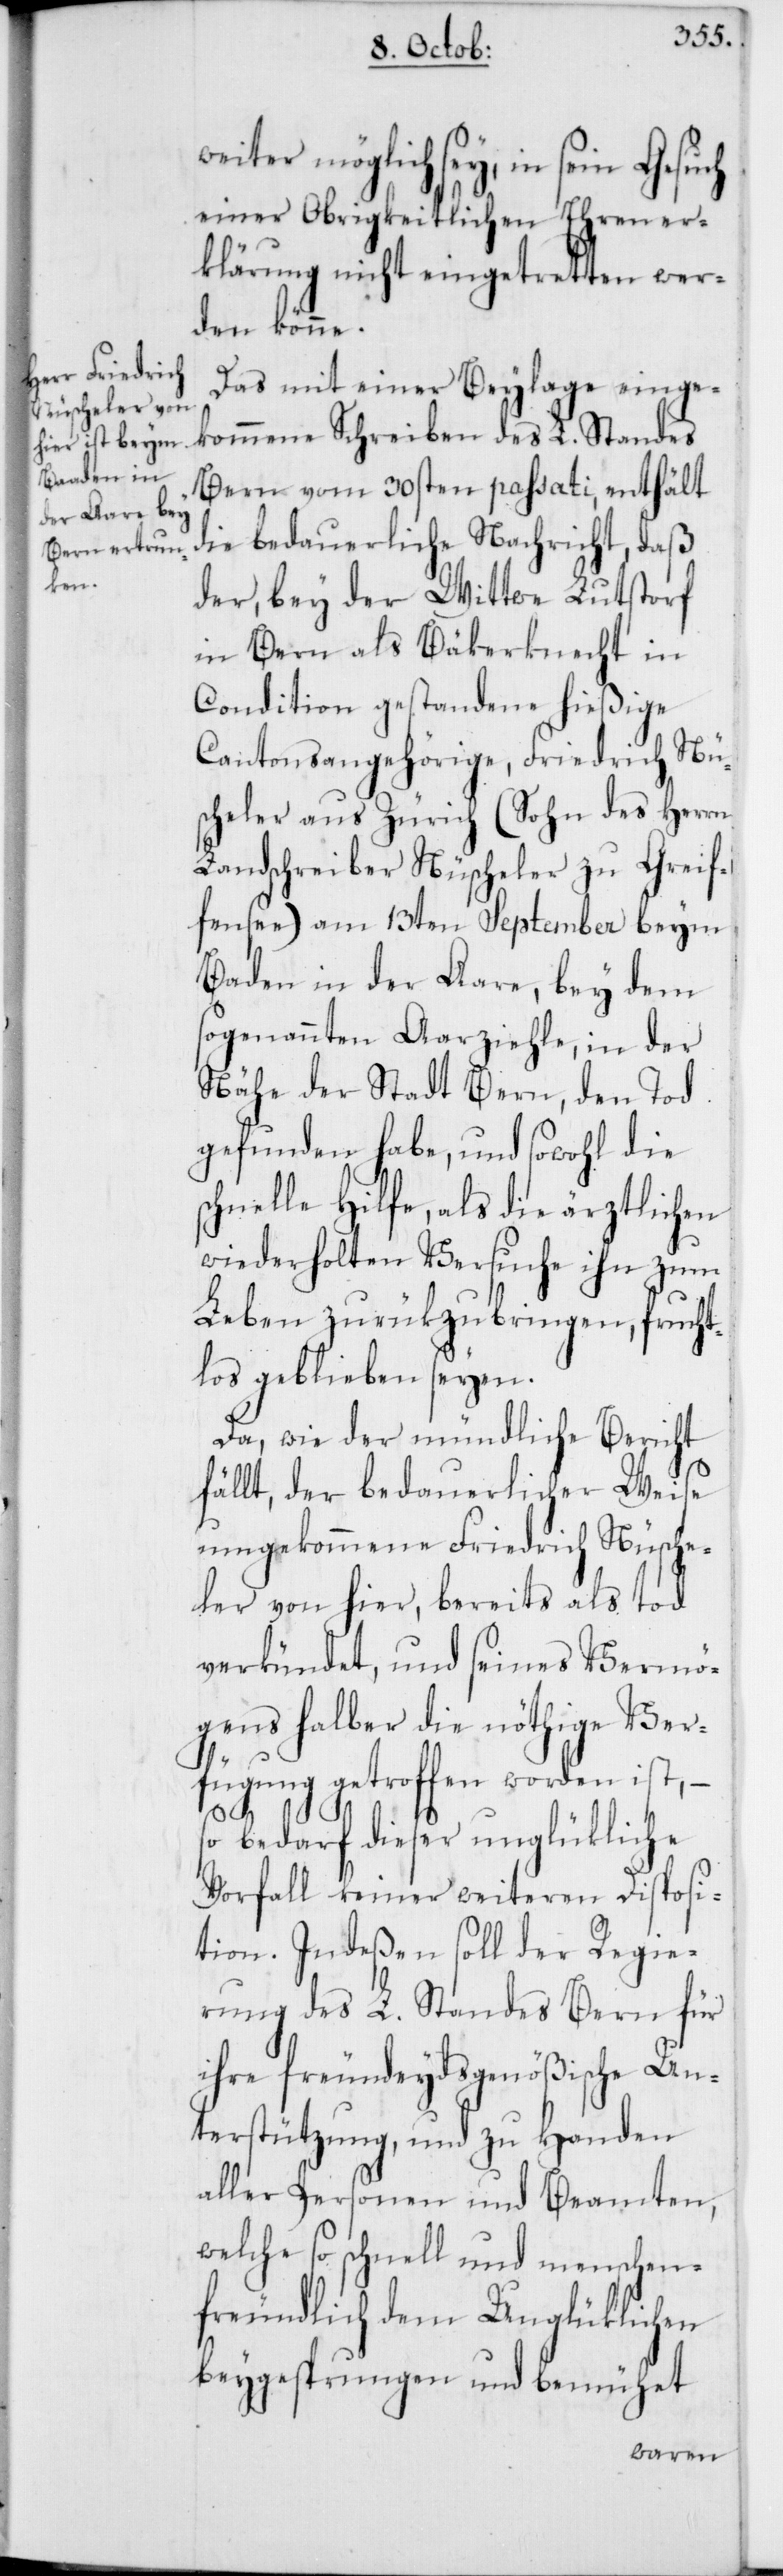
möglich sey, in sein Gesuch
einer Obrigkeitlichen Ehrener¬
klärung nicht eingetretten wer¬
den könne.
Das mit einer Beylage einge¬
kommene Schreiben des L. Standes
Bern vom 30sten passati, enthält
die bedauerliche Nachricht, daß
der, bey der Wittwe Lutstorf
in Bern als Bäkerknecht in
Condition gestandene hießige
Cantonsangehörige Friedrich Nü¬
scheler aus Zürich (Sohn des Herrn
Landschreiber Nüscheler zu Greif¬
fensee) am 13ten September beym
Baden in der Aare, bey dem
sogenannten Aarziehle, in der
Nähe der Stadt Bern, den Tod
gefunden habe, und sowohl die
schnelle Hilfe, als die ärztlichen
wiederholten Versuche ihn zum
Leben zurükzubringen, frucht¬
los geblieben seyen.
Da, wie der mündliche Bericht
fällt, der bedauerlicher Weise
umgekommene Friedrich Nüsche¬
ler von hier, bereits als tod
verkündet, und seines Vermö¬
gens halber die nöthige Ver¬
fügung getroffen worden ist, –
so bedarf dieser unglükliche
Vorfall keiner weiteren Disposi¬
tion. Indeßen soll der Regie¬
rung des L. Standes Bern für
ihre freundeydsgenößische Un¬
terstützung, und zu Handen
aller Personen und Beamten,
welche so schnell und menschen¬
freundlich dem Unglüklichen
beygesprungen und bemühet